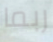
ربما